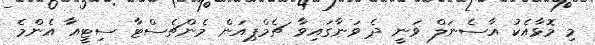
މި މޮޅާއެކު އާސެނަލް ވަނީ ދެ ވަނާގައިވާ ޗެމްޕިއަން މެންޗެސްޓާ ސިޓީއާ އެންމެ